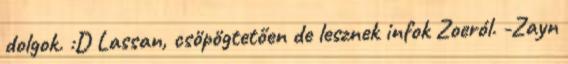
dolgok. :D Lassan, csöpögtetően de lesznek infok Zoeról. -Zayn